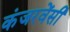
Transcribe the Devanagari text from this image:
कंजरवेंसी